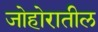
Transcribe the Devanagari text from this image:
जोहोरातील